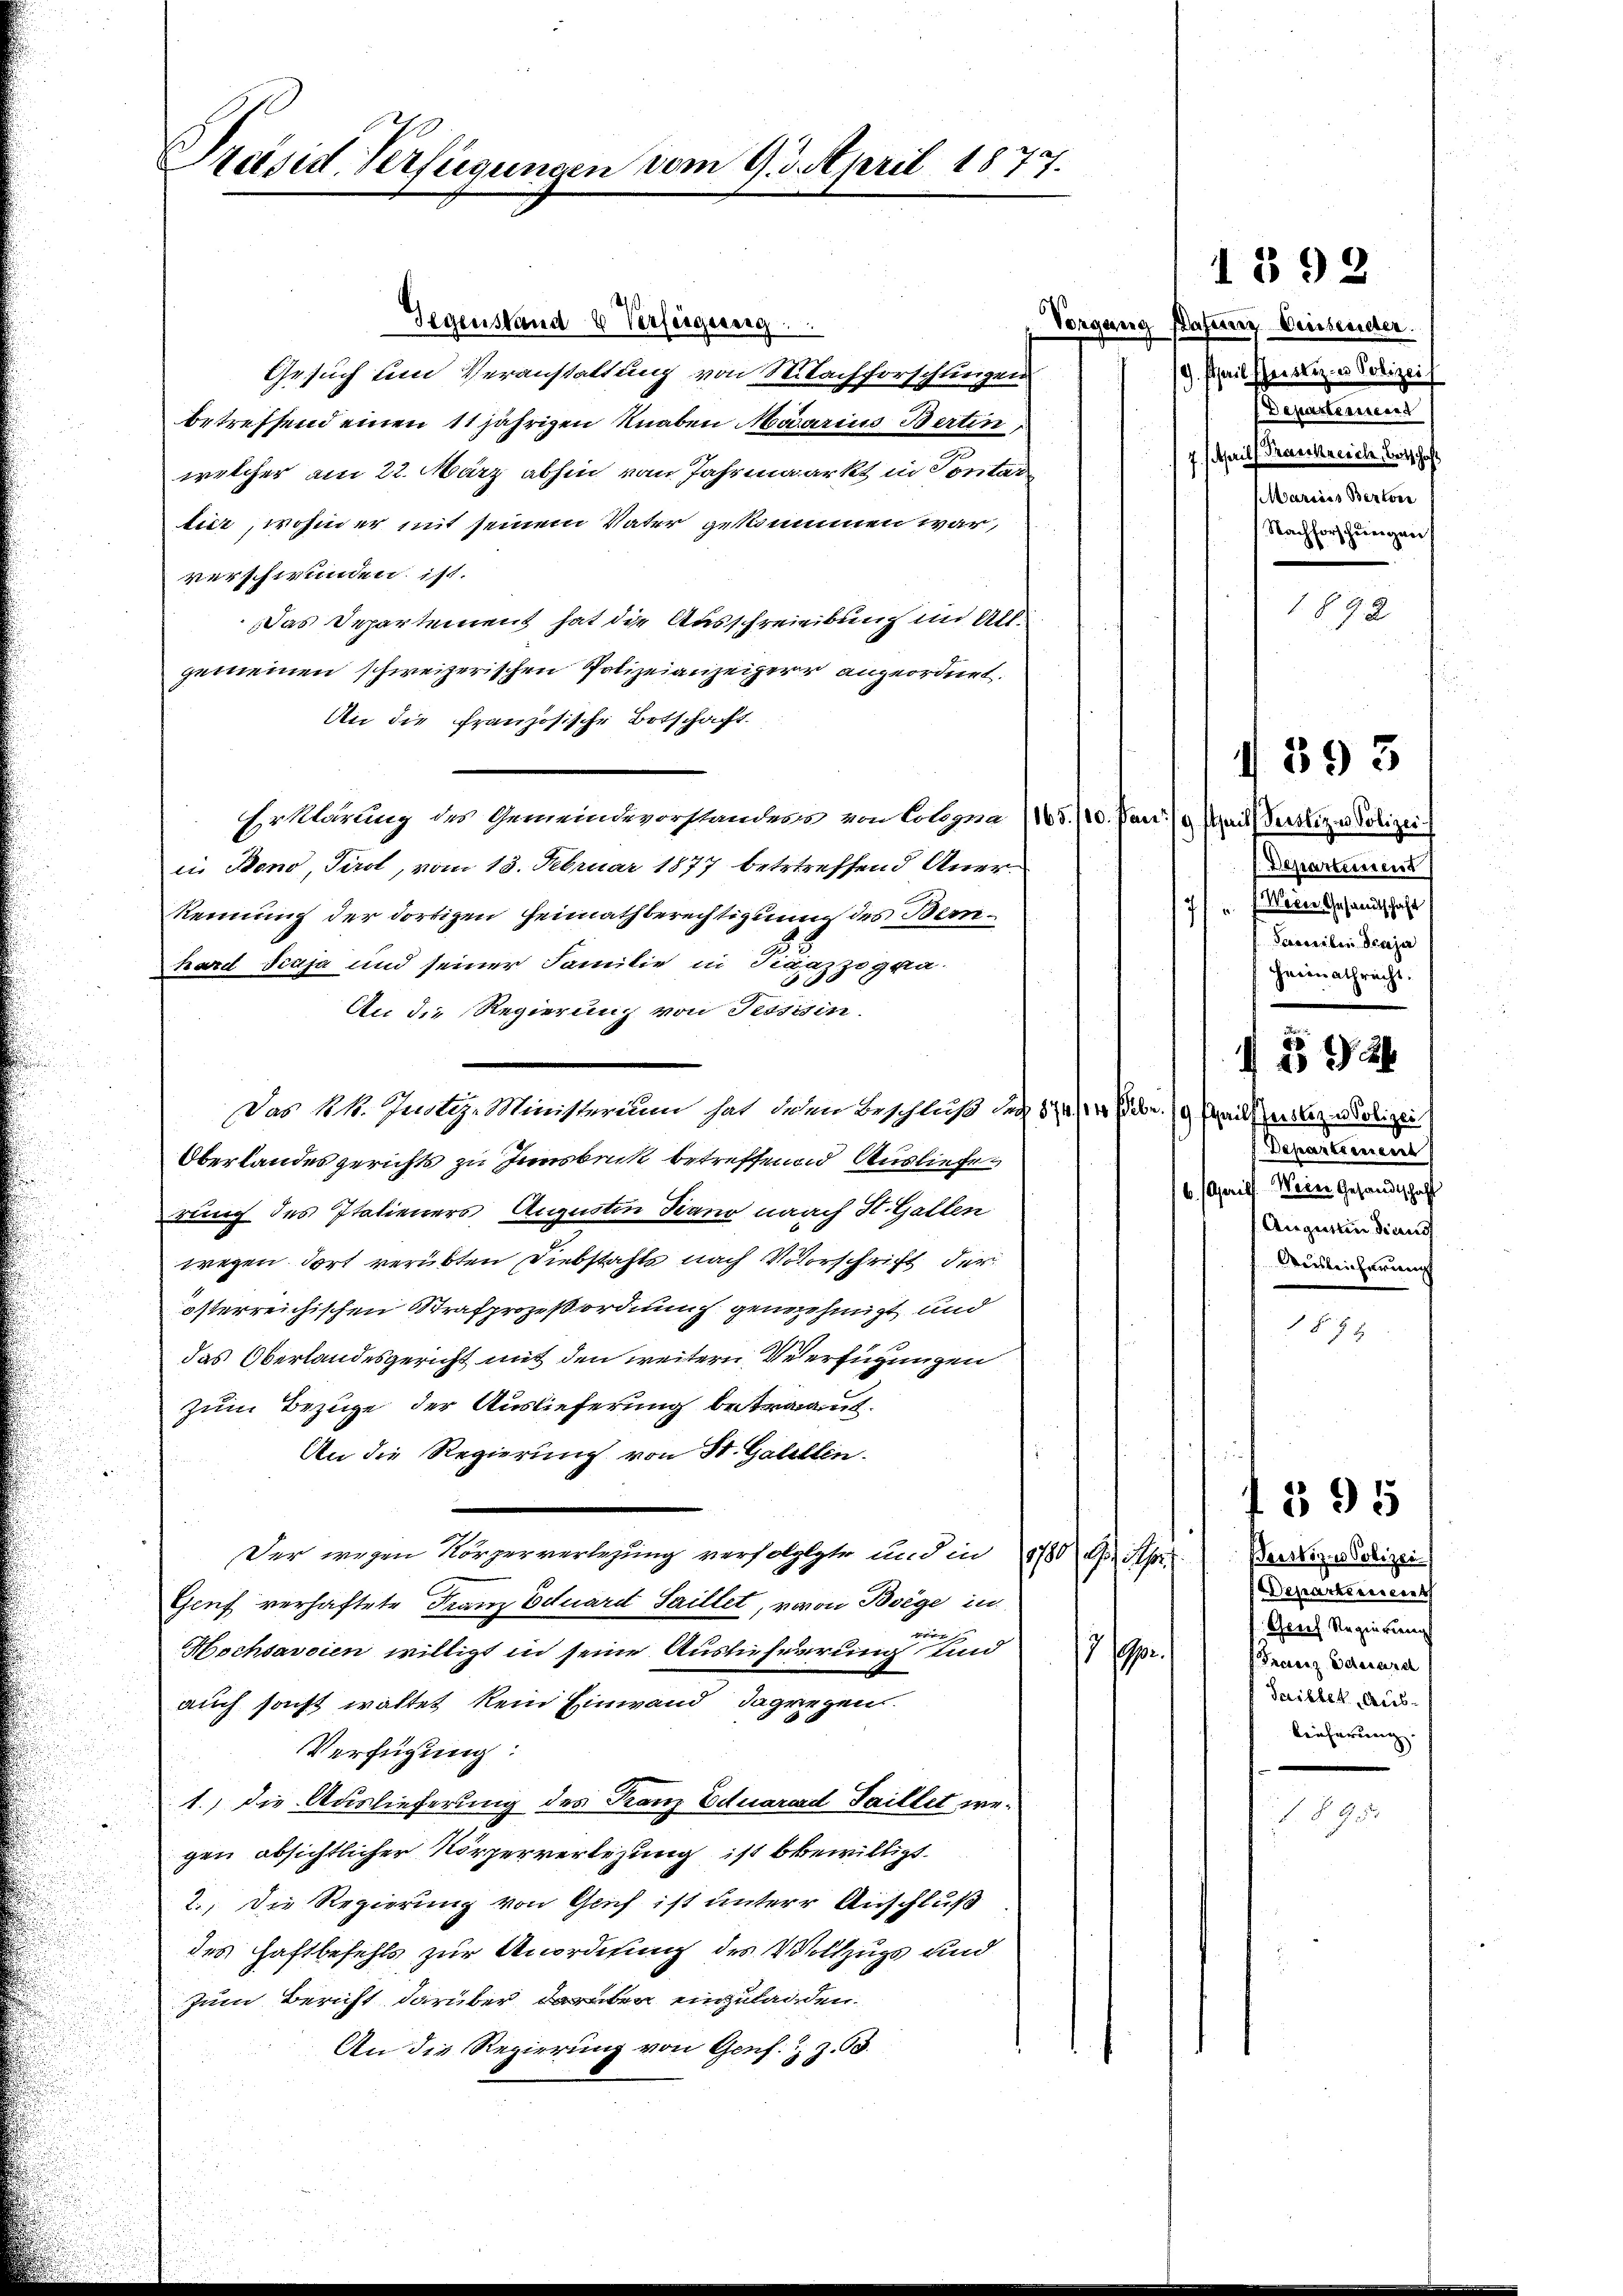
Präsid. Verfügungen vom 9. 3. April 1877.

Gegenstand 4 Verfeigereg
Gesuch um Veranstattung von Nachforschlingen
betreffend einen 11 jährigen Knaben Morarius Bertin,
welcher am 22. März abhin vom Jahrmaarkt in Pontar
liez, wohin er mit seinem Vater gekommen war,
verschwunden ist.
Das Departement hat die Ausschreieibung im Allgemeinen schweizerischen Polizeianzeiger angeordnet.
An die französische Botschaft.
Erklärung des Gemeindevorstandens von Cologna /165. /10. Jan. / ait Verstige Polizei.
in Bono, Tirol, vom 13. Februar 1877 betrtreffend Aner¬
Rennung der dortigen Heimathberechtigung des Bernhard Scaja und seiner Familie in Saazzogra-
An die Regierung von Tessisin
Das Mk. Justiz-Ministerium hat den Beschluß der 8/4 br. 19 Seiterer Wiedigi
Oberlandesgerichts zu Innsbeck betreffenen Auslieferung des Italieners Augustin Fiano nach St. Gallen
wegen dort verübten Diebstahls nach Votorschrift der
österreichischen Strafprozeßordnung genehmigt und
das Oberlandesgericht mit den weitern Verfügungen
zum Bezuge der Auslieferung betragt.
An die Regierung von St. Galillen.
Der wegen Körperverlegung verfolgte und in 1780 des S
Genf verhaftete Franz Eduard Saillet, wovon Boege in
Bern
Hochsavoien willigt in seine Auslieferung und
7/90.
auch sonst waltet kein Einwand dagegen.
Verfügung:
1., die Auslieferung des Kanz Eduarcad Saillet wegen absichtlicher Körperverlegung ist bewilligt.
2.) Die Regierung von Grif ist unterer Anschluß
des Haftbefehls zur Anordnung des Vollzugs und
zum Bericht darüber darüber einzuladen
An die Regierung von Genf. z. B.

Vorgang Bafung Deichender.
/9. theil scheinliz u. Polizei
Departement
7. Aprill Secretariele Bertschaft
Mariers Bertver
Nachforschungen

1892

Departement
" Neue Gesandtschaft
7
Saweilen Scaja
Heimathrecht.
u
2 x 2
Departement
6. Aprill Weine Gesandtschaft
Augustin diens
einleicherung

1395

§ 78

1395

§ 92

.

Parskizno solizen
Departeriscont
Greif Regen vernag
Proecz Oderare
Failler Ausleicherung.